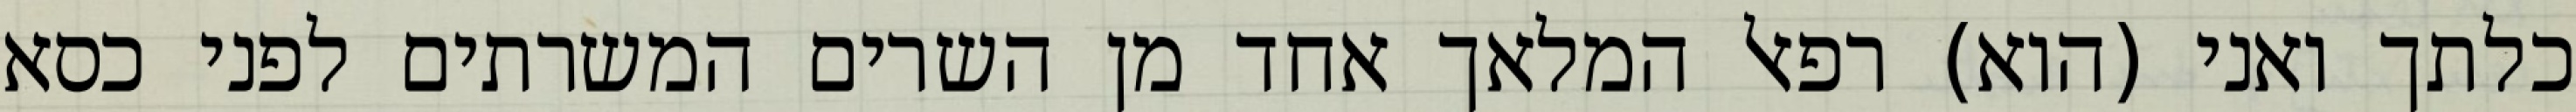
כלתך ואני (הוא) רפאל המלאך אחד מן השרים המשרתים לפני כסא